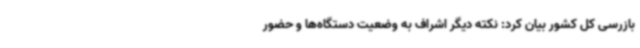
بازرسی کل کشور بیان کرد: نکته دیگر اشراف به وضعیت دستگاه‌ها و حضور